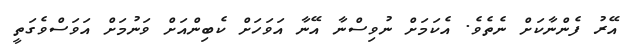
އޭރު ފެންނާކަށް ނެތެވެ. އެކަމަށް ނުވިސްނާ އޭނާ އަވަހަށް ކެބިންއަށް ވަނުމަށް އަވަސްވެގަތީ